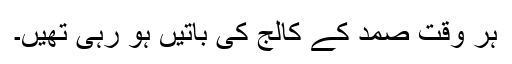
ہر وقت صمد کے کالج کی باتیں ہو رہی تھیں۔